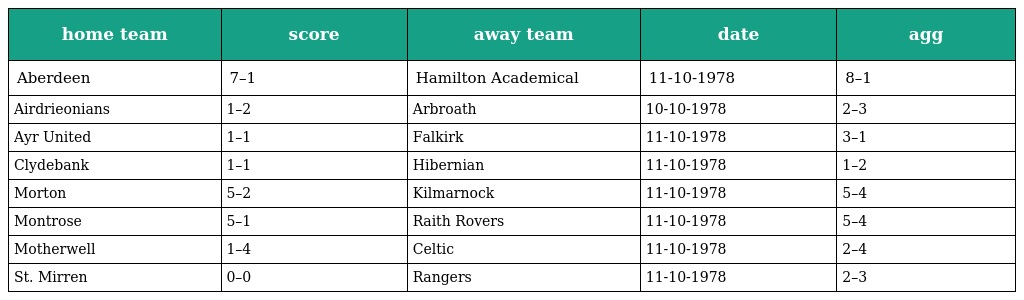
| home team | score | away team | date | agg |
 | --- | --- | --- | --- | --- |
 | Aberdeen | 7–1 | Hamilton Academical | 11-10-1978 | 8–1 |
 | Airdrieonians | 1–2 | Arbroath | 10-10-1978 | 2–3 |
 | Ayr United | 1–1 | Falkirk | 11-10-1978 | 3–1 |
 | Clydebank | 1–1 | Hibernian | 11-10-1978 | 1–2 |
 | Morton | 5–2 | Kilmarnock | 11-10-1978 | 5–4 |
 | Montrose | 5–1 | Raith Rovers | 11-10-1978 | 5–4 |
 | Motherwell | 1–4 | Celtic | 11-10-1978 | 2–4 |
 | St. Mirren | 0–0 | Rangers | 11-10-1978 | 2–3 |